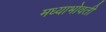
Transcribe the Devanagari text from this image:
मध्याभोवती